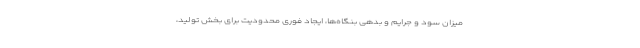
میزان سود و جرایم و بدهی بنگاه‌ها، ایجاد فوری محدودیت برای بخش تولید،